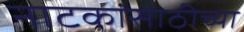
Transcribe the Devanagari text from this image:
नाटकांसाठीच्या